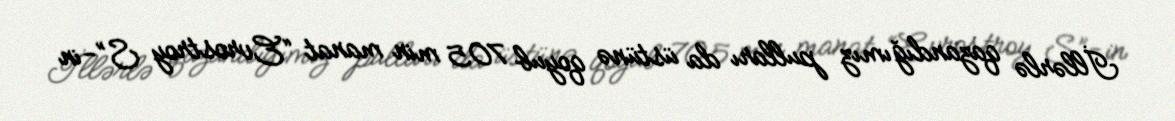
İllərlə qazandığımız pulları da üstünə qoyub 705 min manat “Evrostroy S”-in